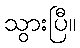
သွားပြီ။